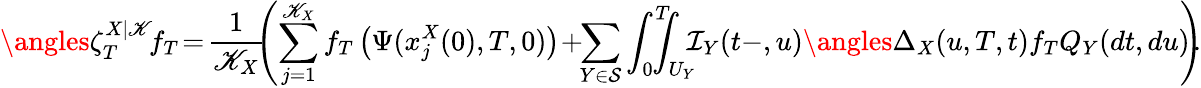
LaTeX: \angles{\zeta_{T}^{X|\mathscr{K}}\! }{f_{T}}\! =\! \frac{{1}}{{\mathscr{K}_{X}}}\! \! \left(\sum_{j=1}^{\mathscr{K}_{X}}f_{T}\left(\Psi(x_{j}^{X}(0),T,0)\right)\! +\! \! \sum_{Y\in\mathcal{{S}}}\int_{0}^{T}\! \! \! \! \! \int_{U_{Y}}\! \! \! \mathcal{{I}}_{Y}(t-,u)\angles{\Delta_{X}(u,T,t)}{f_{T}}Q_{Y}(dt,du)\! \! \right)\! \! .